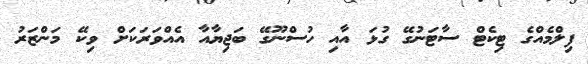
ފިލްމެއްގެ ޓިކެޓް ސާޓަނުގޭ ގުޅަ އާއި ހުސްނޫގޭ ބަޖިޔާއާ އެއްވަރަކަށް ވިކޭ މަންޒަރު